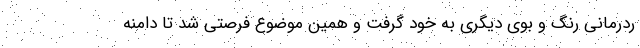
ردرمانی رنگ و بوی دیگری به خود گرفت و همین موضوع فرصتی شد تا دامنه